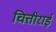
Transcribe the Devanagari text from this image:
चित्तीराई